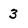
Character: 3